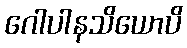
ဂေါပါနသိယောပိ